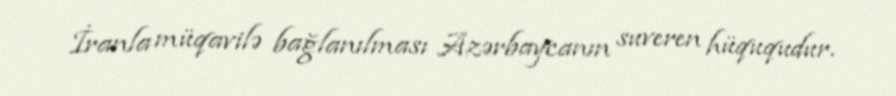
İranla müqavilə bağlanılması Azərbaycanın suveren hüququdur.